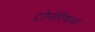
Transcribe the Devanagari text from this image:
ट्रोपोस्फियर